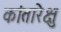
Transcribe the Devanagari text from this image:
कांतारेक्षु